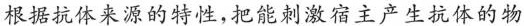
根据抗体来源的特性,把能刺激宿主产生抗体的物